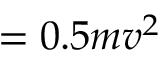
= 0 . 5 m v ^ { 2 }